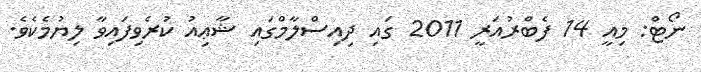
ނޯޓް: މިއީ 14 ފެބްރުއަރީ 2011 ގައި ދިއިސްލާމްގައި ޝާޢިއު ކުރެވިފައިވާ ލިޔުމެކެވެ.